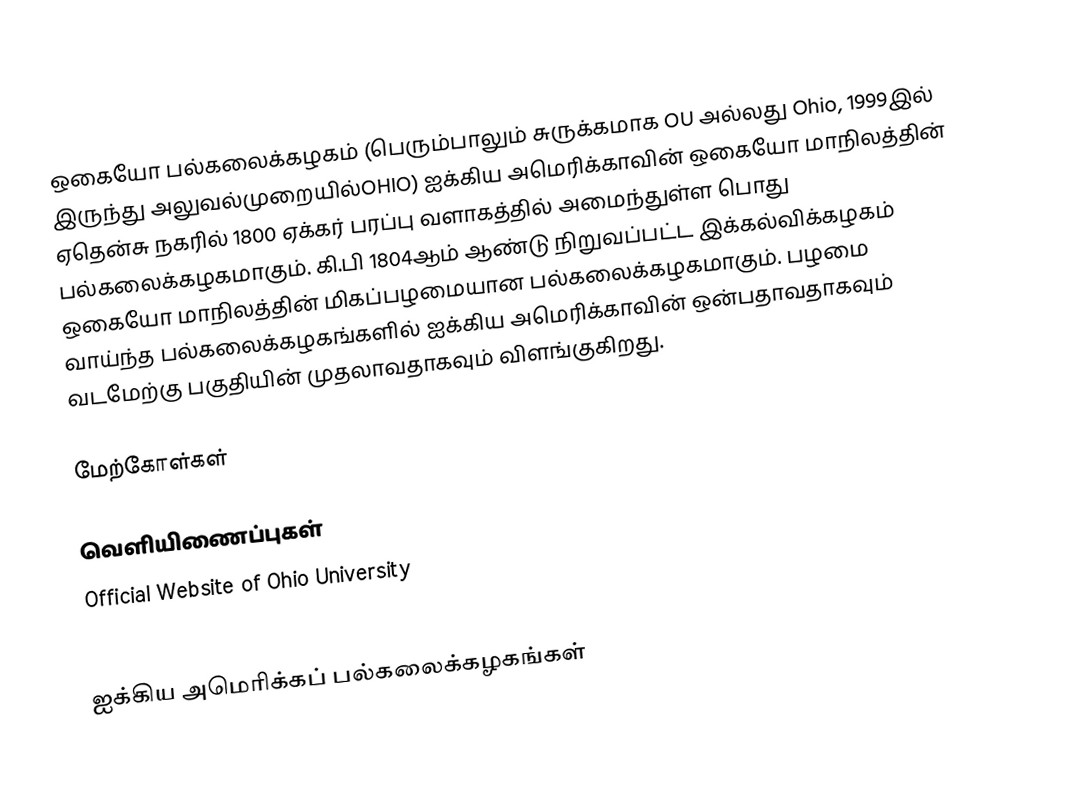
ஒகையோ பல்கலைக்கழகம் (பெரும்பாலும் சுருக்கமாக OU அல்லது Ohio, 1999இல் இருந்து அலுவல்முறையில்OHIO) ஐக்கிய அமெரிக்காவின் ஒகையோ மாநிலத்தின்  ஏதென்சு  நகரில் 1800 ஏக்கர் பரப்பு வளாகத்தில் அமைந்துள்ள பொது பல்கலைக்கழகமாகும். கி.பி 1804ஆம் ஆண்டு நிறுவப்பட்ட இக்கல்விக்கழகம் ஒகையோ மாநிலத்தின் மிகப்பழமையான பல்கலைக்கழகமாகும். பழமை வாய்ந்த பல்கலைக்கழகங்களில் ஐக்கிய அமெரிக்காவின் ஒன்பதாவதாகவும் வடமேற்கு பகுதியின் முதலாவதாகவும் விளங்குகிறது.

மேற்கோள்கள்

வெளியிணைப்புகள்
 Official Website of Ohio University
 Official Athletic Website of Ohio University

ஐக்கிய அமெரிக்கப் பல்கலைக்கழகங்கள்